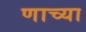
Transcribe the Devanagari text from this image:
णाच्या